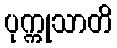
ပုက္ကုသာတိ